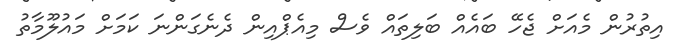
އިތުރުން މެއަށް ޖެހޭ ބައެއް ބަލިތައް ވެސް މިއެޕްއިން ދެނެގަންނަ ކަމަށް މައުލޫމާތު